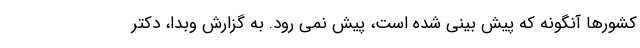
کشورها آنگونه که پیش بینی شده است، پیش نمی رود. به گزارش وبدا، دکتر